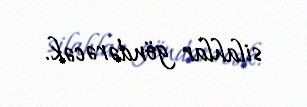
silahlar göndərəcək.